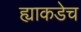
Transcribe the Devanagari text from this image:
ह्याकडेच